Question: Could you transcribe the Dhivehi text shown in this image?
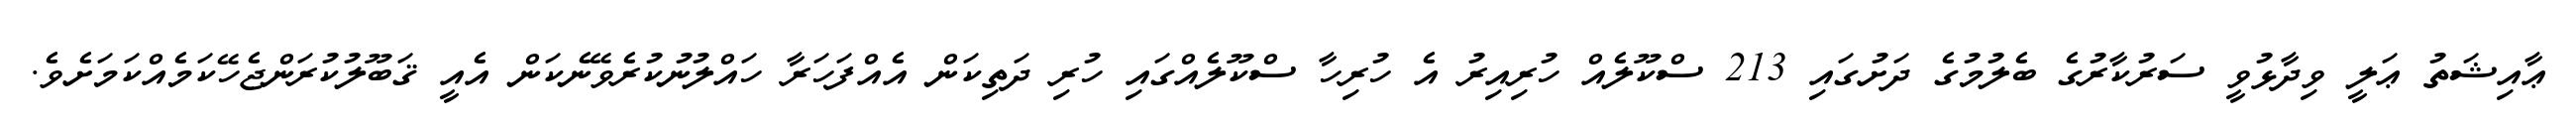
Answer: ޢާއިޝަތު ޢަލީ ވިދާޅުވީ ސަރުކާރުގެ ބެލުމުގެ ދަށުގައި 213 ސްކޫލެއް ހުރިއިރު އެ ހުރިހާ ސްކޫލެއްގައި ހުރި ދަތިކަން އެއްފަހަރާ ހައްލުނުކުރެވޭނެކަން އެއީ ޤަބޫލުކުރަންޖެހޭކަމެއްކަމަށެވެ.